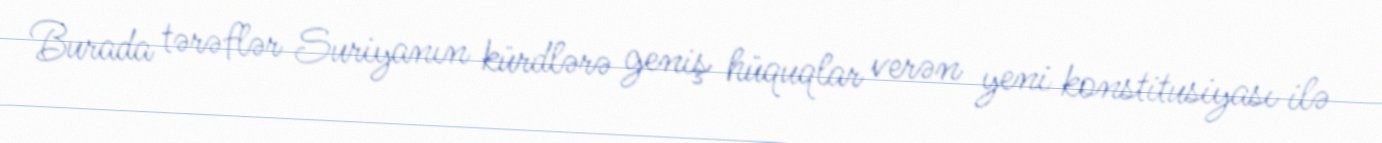
Burada tərəflər Suriyanın kürdlərə geniş hüquqlar verən yeni konstitusiyası ilə